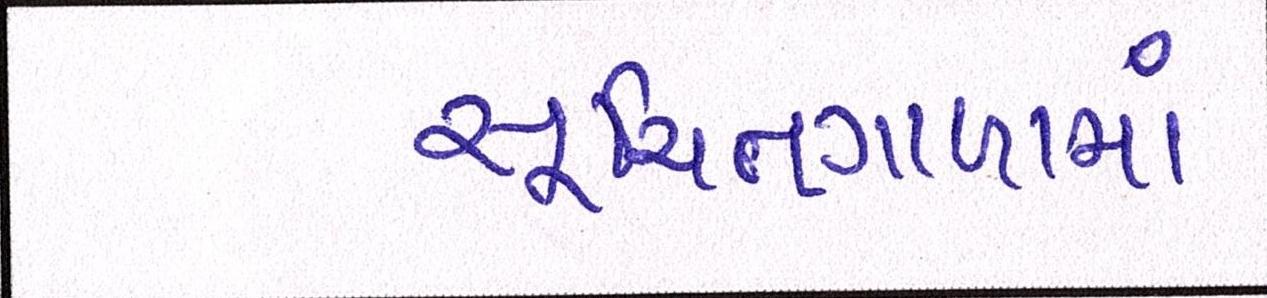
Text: સૂચિતગાળામાં